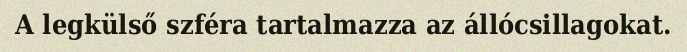
A legkülső szféra tartalmazza az állócsillagokat.